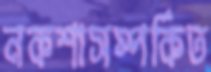
নকশাসম্পর্কিত